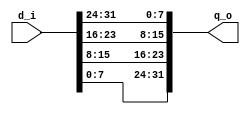
module dsi_byte_reverse
  (
   d_i,
   q_o);
   parameter g_num_bytes = 4;
   input [g_num_bytes * 8 - 1 : 0] d_i;
   output [g_num_bytes * 8 - 1 : 0] q_o;
   generate 
      genvar                        i, j;
      for(i=0;i<8;i=i+1)
        for(j=0;j<g_num_bytes;j=j+1)
          assign q_o[8 * (g_num_bytes-1-j) + i] = d_i[8 * j + i];
   endgenerate
endmodule